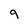
Character: 9